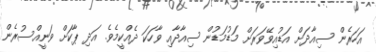
އަހަރެން ސިއާދަށް އަޑުއިވޭވަރަށް މަޑުމަޑުން ސިއާދާއި ވާހަކަ ދެއްކީމެވެ. އަދި ޕާކަށް ވަނީއްސުރެން